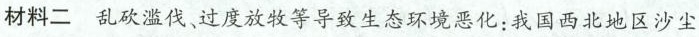
材料二乱砍滥伐、过度放牧等导致生态环境恶化：我国西北地区沙尘